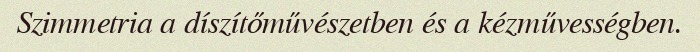
Szimmetria a díszítőművészetben és a kézművességben.